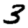
Digit: 3